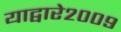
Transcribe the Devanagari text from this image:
याद्वारे२००९